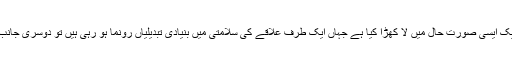
اس تعیناتی نے جنرل رضوان اختر کو ایک ایسی صورتِ حال میں لا کھڑا کیا ہے جہاں ایک طرف علاقے کی سلامتی میں بنیادی تبدیلیاں رونما ہو رہی ہیں تو دوسری جانب ملک سیاسی عدم استحکام کا شکار ہے۔